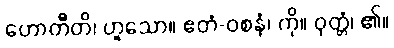
ဟောတီတိ၊ ဟူသော။ ဧတံ-ဝစနံ၊ ကို။ ဝုတ္တံ၊ ၏။